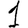
Digit: 1